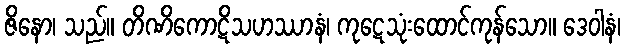
ဇိနော၊ သည်။ တိဏိကောဋိသဟဿာနံ၊ ကုဋေသုံးထောင်ကုန်သော။ ဒေဝါနံ၊